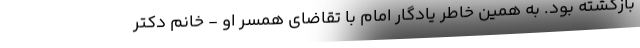
بازگشته بود. به همین خاطر یادگار امام با تقاضای همسر او - خانم دکتر